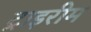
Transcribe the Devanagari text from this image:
ट्राइरीम